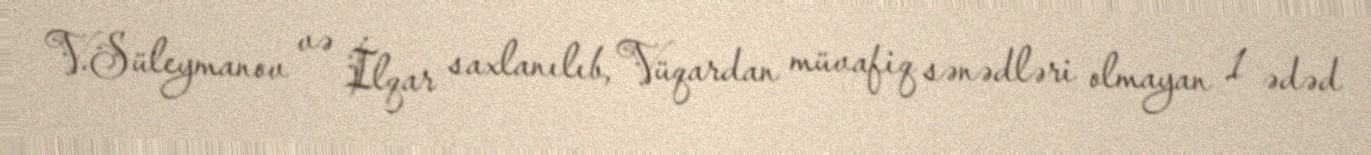
V.Süleymanov və İlqar saxlanılıb, Vüqardan müvafiq sənədləri olmayan 1 ədəd